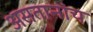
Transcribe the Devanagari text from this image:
असतानांच